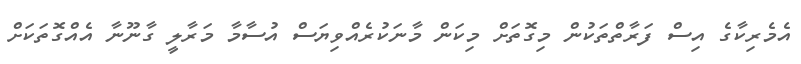
އެމެރިކާގެ އިސް ފަރާތްތަކުން މިގޮތަށް މިކަން މާނަކުރެއްވިޔަސް އުސާމާ މަރާލީ ގާނޫނާ އެއްގޮތަކަށް